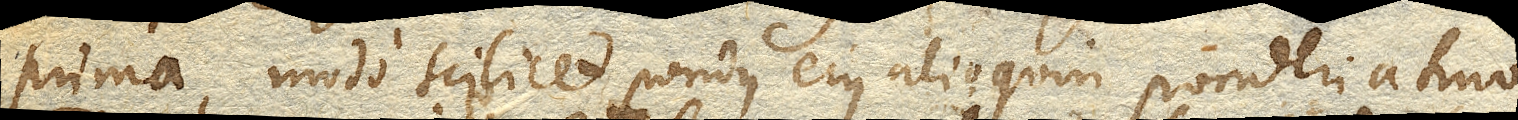
prima, modo scilicet pondus eius alioquin ponderi atmo-